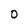
Character: O